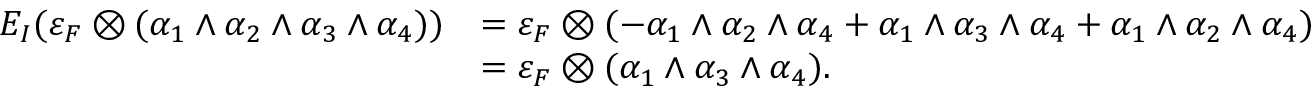
\begin{array} { r l } { E _ { I } ( \varepsilon _ { F } \otimes ( \alpha _ { 1 } \wedge \alpha _ { 2 } \wedge \alpha _ { 3 } \wedge \alpha _ { 4 } ) ) } & { = \varepsilon _ { F } \otimes ( - \alpha _ { 1 } \wedge \alpha _ { 2 } \wedge \alpha _ { 4 } + \alpha _ { 1 } \wedge \alpha _ { 3 } \wedge \alpha _ { 4 } + \alpha _ { 1 } \wedge \alpha _ { 2 } \wedge \alpha _ { 4 } ) } \\ & { = \varepsilon _ { F } \otimes ( \alpha _ { 1 } \wedge \alpha _ { 3 } \wedge \alpha _ { 4 } ) . } \end{array}